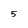
Character: 5